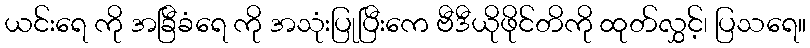
ယင်းရေ ကို အခြီခံရေ ကို အသုံးပြုပြီးကေ ဗီဒီယိုဖိုင်တိကို ထုတ်လွှင့်၊ ပြသရေ။